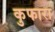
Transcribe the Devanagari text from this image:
कुफारा